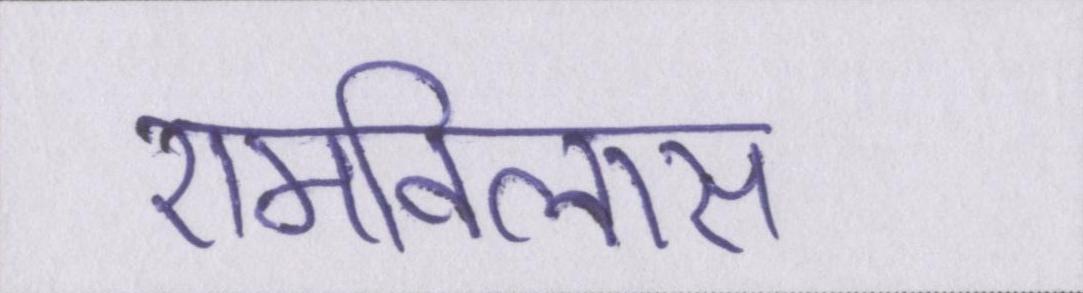
रामविलास